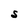
Character: S